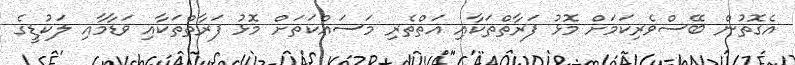
އެގޮތުން ބޭސްވެރިކަމަށް މޮޅު ފަރާތްތަކާއި އަތްތެރި މަސައްކަތަށް މޮޅު ފަރާތްތަކާއި ވަޑާމާއި ލަކުޑީގެ